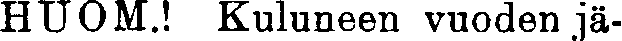
HUOM.! Kuluneen vuoden jä-